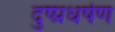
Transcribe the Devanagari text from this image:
दुष्प्रधर्षण